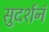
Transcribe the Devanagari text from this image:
सुदर्शनं